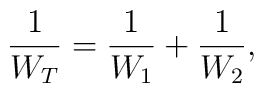
\frac{1}{W_{T}}=\frac{1}{W_{1}} + \frac{1}{W_{2}},